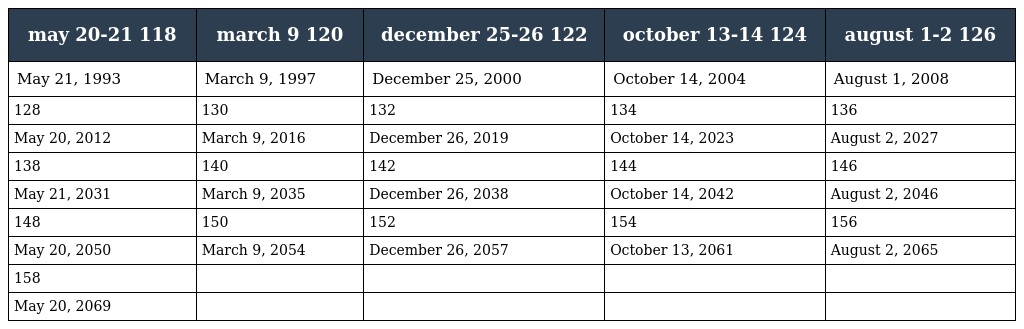
| may 20-21 118 | march 9 120 | december 25-26 122 | october 13-14 124 | august 1-2 126 |
 | --- | --- | --- | --- | --- |
 | May 21, 1993 | March 9, 1997 | December 25, 2000 | October 14, 2004 | August 1, 2008 |
 | 128 | 130 | 132 | 134 | 136 |
 | May 20, 2012 | March 9, 2016 | December 26, 2019 | October 14, 2023 | August 2, 2027 |
 | 138 | 140 | 142 | 144 | 146 |
 | May 21, 2031 | March 9, 2035 | December 26, 2038 | October 14, 2042 | August 2, 2046 |
 | 148 | 150 | 152 | 154 | 156 |
 | May 20, 2050 | March 9, 2054 | December 26, 2057 | October 13, 2061 | August 2, 2065 |
 | 158 |  |  |  |  |
 | May 20, 2069 |  |  |  |  |